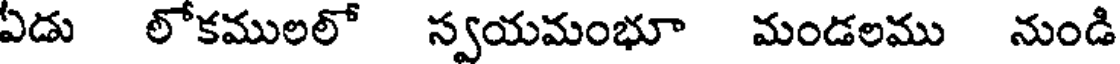
ఏడు లోకములలో స్వయమంభూ మండలము నుండి